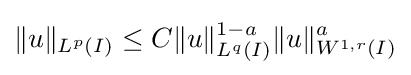
\|u\|_{L^{p}(I)}\leq C\|u\|_{L^{q}(I)}^{1-a}\|u\|_{W^{1,r}(I)}^{a}